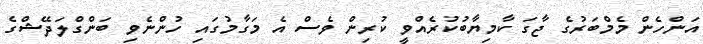
އަންހެން މެމްބަރުގެ ޖާގަ ކާމިޔާބުކުރެއްވީ ކުރިން ވެސް އެ މަގާމުގައި ހުންނެވި ބަންގްލަދޭޝްގެ